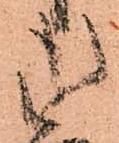
御